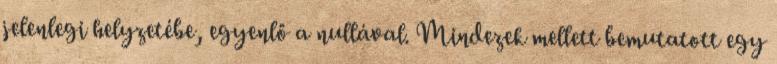
jelenlegi helyzetébe, egyenlő a nullával. Mindezek mellett bemutatott egy